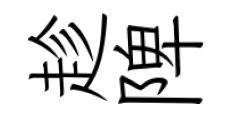
趁陴